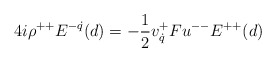
\begin{align*}4i\rho^{++}E^{-\dot q}(d)=-{1\over 2}v^{+}_{\dot q}Fu^{--}E^{++}(d)\end{align*}